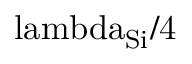
\mathrm { \ l a m b d a _ { S i } / 4 }